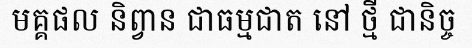
មគ្គផល និព្វាន ជាធម្មជាត នៅ ថ្មី ជានិច្ច